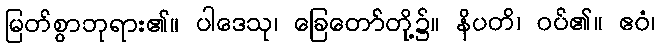
မြတ်စွာဘုရား၏။ ပါဒေသု၊ ခြေတော်တို့၌။ နိပတိ၊ ဝပ်၏။ ဧဝံ၊